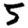
Digit: 5